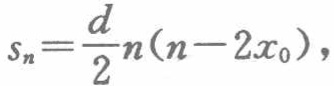
\[s_{n}=\frac{d}{2}n(n - 2x_{0}),\]